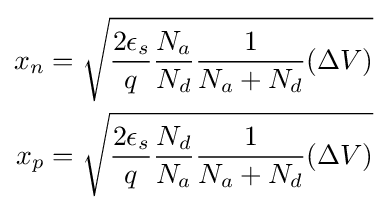
{\begin{aligned}x_{n}&={\sqrt {{\frac {2\epsilon _{s}}{q}}{\frac {N_{a}}{N_{d}}}{\frac {1}{N_{a}+N_{d}}}(\Delta V)}}\\x_{p}&={\sqrt {{\frac {2\epsilon _{s}}{q}}{\frac {N_{d}}{N_{a}}}{\frac {1}{N_{a}+N_{d}}}(\Delta V)}}\\\end{aligned}}